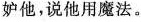
妒他，说他用魔法。